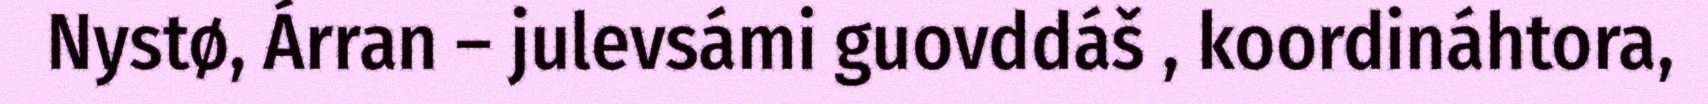
Nystø, Árran – julevsámi guovddáš , koordináhtora,